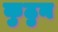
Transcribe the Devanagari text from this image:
कुठुन